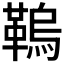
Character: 𩌗